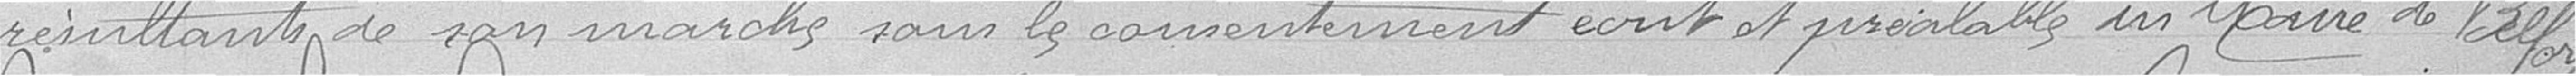
résultant de son marché, sans le consentement écrit et préalable du Maire de Belfort.